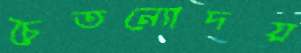
চৈতন্যোদয়